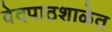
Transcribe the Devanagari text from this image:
वेदपाठशाळेत